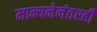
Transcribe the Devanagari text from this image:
मान्यनेनंतरही